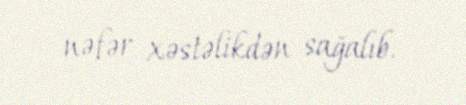
nəfər xəstəlikdən sağalıb.